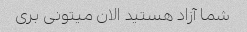
شما آزاد هستید الان میتونی بری